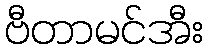
ဗီတာမင်အီး